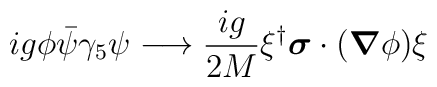
i g \phi \bar{\psi} \gamma_{5} \psi \longrightarrow \frac{i g}{2M} \xi^{\dag} \mbox{\boldmath $\sigma$} \cdot (\mbox{\boldmath $\nabla$} \phi)  \xi